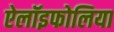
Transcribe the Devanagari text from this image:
ऐलॉइफोलिया